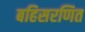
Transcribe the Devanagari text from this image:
बहिसरणित